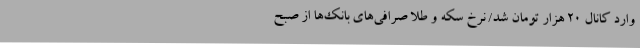
وارد کانال ۲۰ هزار تومان شد/ نرخ سکه و طلا صرافی‌های بانک‌ها از صبح